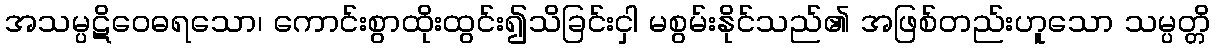
အသမ္ပဋိဝေဓရသော၊ ကောင်းစွာထိုးထွင်း၍သိခြင်းငှါ မစွမ်းနိုင်သည်၏ အဖြစ်တည်းဟူသော သမ္ပတ္တိ